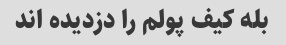
بله کیف پولم را دزدیده اند